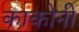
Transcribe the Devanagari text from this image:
काकोनी